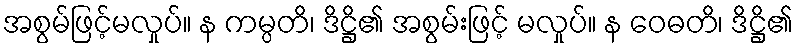
အစွမ်ဖြင့်မလှုပ်။ န ကမ္ပတိ၊ ဒိဋ္ဌိ၏ အစွမ်းဖြင့် မလှုပ်။ န ဝေဓတိ၊ ဒိဋ္ဌိ၏